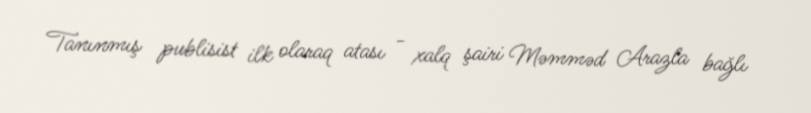
Tanınmış publisist ilk olaraq atası - xalq şairi Məmməd Arazla bağlı